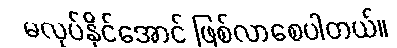
မလုပ်နိုင်အောင် ဖြစ်လာစေပါတယ်။